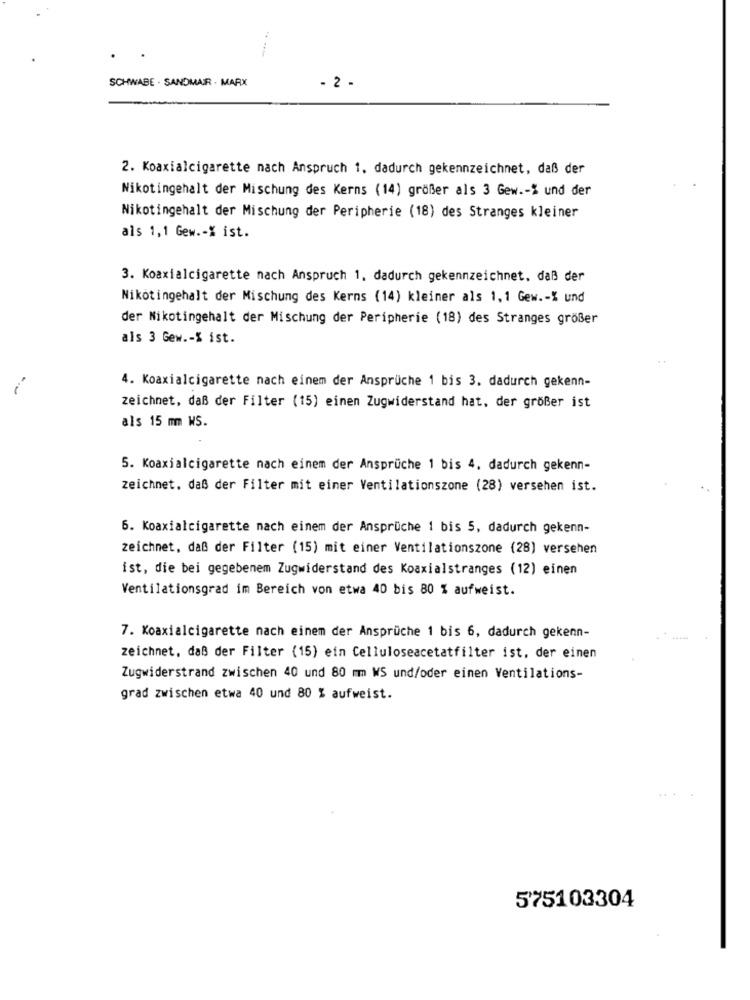
---
SCHWABE . SANDMAIR - MARX
- 2 .
2. Koaxialcigarette nach Anspruch 1. dadurch gekennzeichnet, daß der
Nikotingehalt der Mischung des Kerns (14) größer als 3 Gew .- % und der
Nikotingehalt der Mischung der Peripherie (18) des Stranges kleiner
als 1,1 Gew .- % ist.
3. Koaxialcigarette nach Anspruch 1. dadurch gekennzeichnet, daß der
Nikotingehalt der Mischung des Kerns (14) kleiner als 1,1 Gew .- % und
der Nikotingehalt der Mischung der Peripherie (18) des Stranges größer
als 3 Gew .- S ist.
4. Koaxialcigarette nach einem der Ansprüche 1 bis 3. dadurch gekenn-
zeichnet, daß der Filter (15) einen Zugwiderstand hat, der größer ist
als 15 mm WS.
5. Koaxialcigarette nach einem der Ansprüche 1 bis 4. dadurch gekenn-
zeichnet, daß der Filter mit einer Ventilationszone (28) versehen ist.
6. Koaxialcigarette nach einem der Ansprüche 1 bis 5, dadurch gekenn-
zeichnet, daß der Filter (15) mit einer Ventilationszone (28) versehen
ist, die bei gegebenem Zugwiderstand des Koaxialstranges (12) einen
Ventilationsgrad im Bereich von etwa 40 bis 80 % aufweist.
7. Koaxialcigarette nach einem der Ansprüche 1 bis 6, dadurch gekenn-
zeichnet, daß der Filter (15) ein Celluloseacetatfilter ist, der einen
Zugwiderstrand zwischen 40 und 80 mm WS und/oder einen Ventilations-
grad zwischen etwa 40 und 80 % aufweist.
575103304